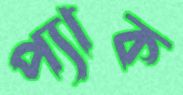
প্যাক